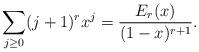
LaTeX: \begin{align*} \sum_{j\geq 0}(j+1)^rx^j = \frac{E_r(x)}{(1-x)^{r+1}}. \end{align*}